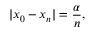
| x _ { 0 } - x _ { n } | = { \frac { \alpha } { n } } , \quad